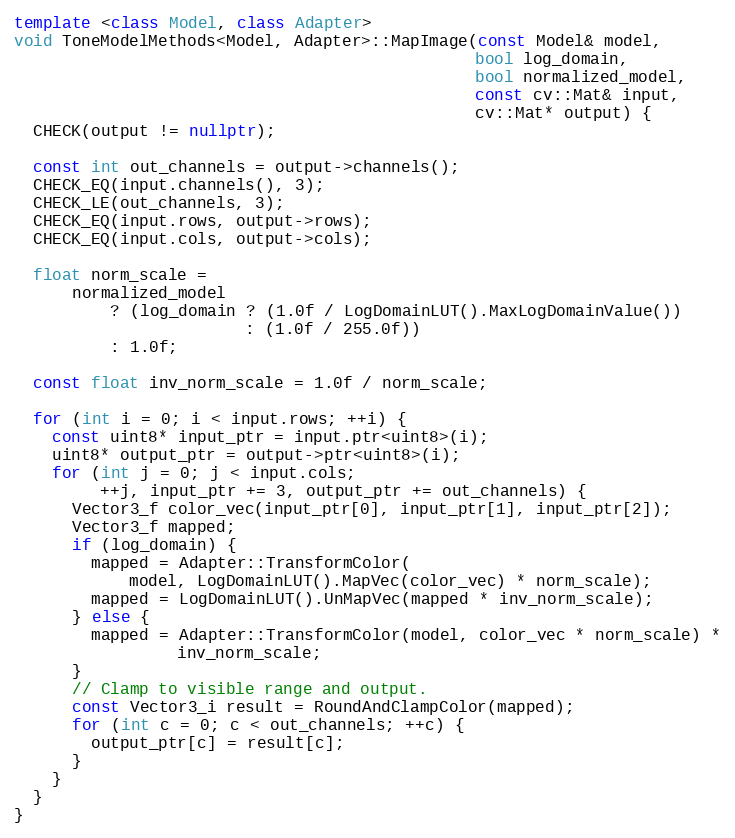
Language: C++
template <class Model, class Adapter>
void ToneModelMethods<Model, Adapter>::MapImage(const Model& model,
                                                bool log_domain,
                                                bool normalized_model,
                                                const cv::Mat& input,
                                                cv::Mat* output) {
  CHECK(output != nullptr);

  const int out_channels = output->channels();
  CHECK_EQ(input.channels(), 3);
  CHECK_LE(out_channels, 3);
  CHECK_EQ(input.rows, output->rows);
  CHECK_EQ(input.cols, output->cols);

  float norm_scale =
      normalized_model
          ? (log_domain ? (1.0f / LogDomainLUT().MaxLogDomainValue())
                        : (1.0f / 255.0f))
          : 1.0f;

  const float inv_norm_scale = 1.0f / norm_scale;

  for (int i = 0; i < input.rows; ++i) {
    const uint8* input_ptr = input.ptr<uint8>(i);
    uint8* output_ptr = output->ptr<uint8>(i);
    for (int j = 0; j < input.cols;
         ++j, input_ptr += 3, output_ptr += out_channels) {
      Vector3_f color_vec(input_ptr[0], input_ptr[1], input_ptr[2]);
      Vector3_f mapped;
      if (log_domain) {
        mapped = Adapter::TransformColor(
            model, LogDomainLUT().MapVec(color_vec) * norm_scale);
        mapped = LogDomainLUT().UnMapVec(mapped * inv_norm_scale);
      } else {
        mapped = Adapter::TransformColor(model, color_vec * norm_scale) *
                 inv_norm_scale;
      }
      // Clamp to visible range and output.
      const Vector3_i result = RoundAndClampColor(mapped);
      for (int c = 0; c < out_channels; ++c) {
        output_ptr[c] = result[c];
      }
    }
  }
}